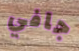
جافي